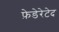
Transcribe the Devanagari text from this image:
फ़ेडेरेटेद